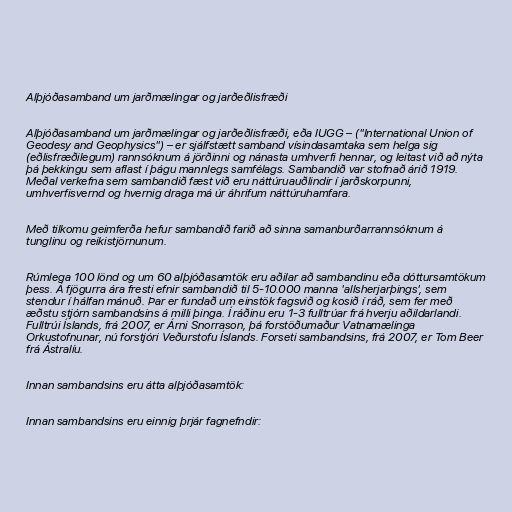
Alþjóðasamband um jarðmælingar og jarðeðlisfræði

Alþjóðasamband um jarðmælingar og jarðeðlisfræði, eða IUGG – ("International Union of
Geodesy and Geophysics") – er sjálfstætt samband vísindasamtaka sem helga sig
(eðlisfræðilegum) rannsóknum á jörðinni og nánasta umhverfi hennar, og leitast við að nýta
þá þekkingu sem aflast í þágu mannlegs samfélags. Sambandið var stofnað árið 1919.
Meðal verkefna sem sambandið fæst við eru náttúruauðlindir í jarðskorpunni,
umhverfisvernd og hvernig draga má úr áhrifum náttúruhamfara.

Með tilkomu geimferða hefur sambandið farið að sinna samanburðarrannsóknum á
tunglinu og reikistjörnunum.

Rúmlega 100 lönd og um 60 alþjóðasamtök eru aðilar að sambandinu eða dóttursamtökum
þess. Á fjögurra ára fresti efnir sambandið til 5-10.000 manna 'allsherjarþings', sem
stendur í hálfan mánuð. Þar er fundað um einstök fagsvið og kosið í ráð, sem fer með
æðstu stjórn sambandsins á milli þinga. Í ráðinu eru 1-3 fulltrúar frá hverju aðildarlandi.
Fulltrúi Íslands, frá 2007, er Árni Snorrason, þá forstöðumaður Vatnamælinga
Orkustofnunar, nú forstjóri Veðurstofu Íslands. Forseti sambandsins, frá 2007, er Tom Beer
frá Ástralíu.

Innan sambandsins eru átta alþjóðasamtök:

Innan sambandsins eru einnig þrjár fagnefndir: